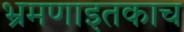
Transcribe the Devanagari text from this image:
भ्रमणाइतकाच